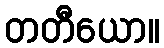
တတီယော။